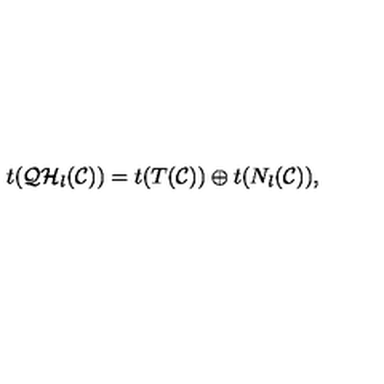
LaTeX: t ( { \cal Q H } _ { l } ( { \cal C } ) ) = t ( T ( { \cal C } ) ) \oplus t ( N _ { l } ( { \cal C } ) ) ,